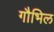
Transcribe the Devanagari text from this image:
गौभिल